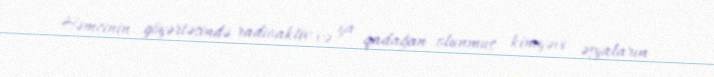
Həmçinin göyərtəsində radioaktiv və ya qadağan olunmuş kimyəvi əşyaların